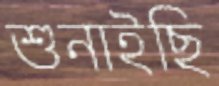
শুনাইছি